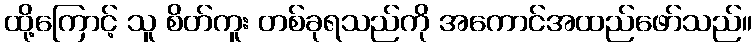
ထို့ကြောင့် သူ စိတ်ကူး တစ်ခုရသည်ကို အကောင်အထည်ဖော်သည်။